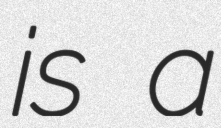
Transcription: is a